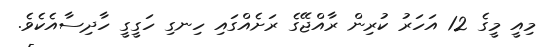
މިއީ މީގެ 12 އަހަރު ކުރިން ރާއްޖޭގެ ރަށެއްގައި ހިނގި ހަގީގީ ހާދިސާއެކެވެ.